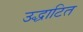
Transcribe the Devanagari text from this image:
उद्धाटित